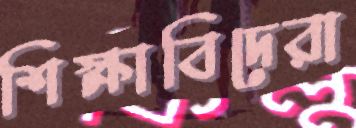
শিক্ষাবিদেরা